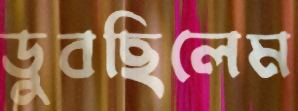
ডুবছিলেম